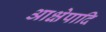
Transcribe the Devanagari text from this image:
आक्षेपादि